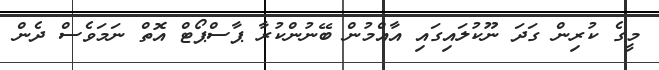
މީގެ ކުރިން ގަދަ ނޫކުލައިގައި އާއްމުން ބޭނުންކުރާ ޕާސްޕޯޓް އޮތް ނަމަވެސް ދެން